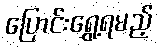
ပြောင်းရွှေ့ရမည့်